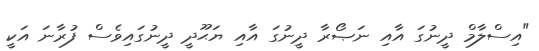
"އިސްލާމް ދީނުގަ އާއި ނަޞޯރާ ދީނުގަ އާއި ޔަޙޫދީ ދީނުގައިވެސް ފުރާނަ އަކީ